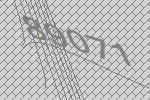
89071